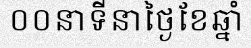
០០នាទីនាថ្ងៃខែឆ្នាំ